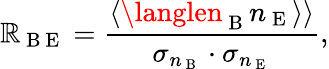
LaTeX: \mathbb{R}_{\mathrm{{~B~E~}}}=\frac{{\left\langle\langlen_{\mathrm{{~B~}}}n_{\mathrm{{~E~}}}\right\rangle\rangle}}{{\sigma_{n_{\mathrm{{~B~}}}}\cdot\sigma_{n_{\mathrm{{~E~}}}}}},